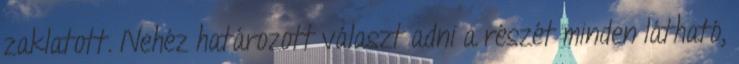
zaklatott. Nehéz határozott választ adni a részét minden látható,